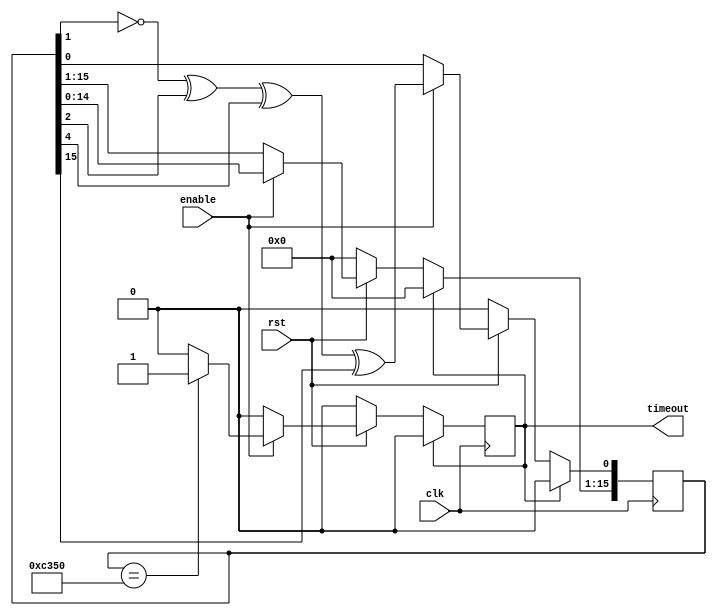
module LFSR_1_ms_timer(clk, rst, enable, timeout);
  input clk, rst, enable;
  output reg timeout;
 // output [15:0] q;

  reg [15:0] LFSR;

  always @(posedge clk)
  begin
    if(timeout)
        begin
            LFSR <= 0;
            timeout <= 0;
        end
    else if(!rst)
        begin
            LFSR <= 0;
            timeout <= 0;
        end
    else if(enable)
        begin
            LFSR[0] <= ~LFSR[1] ^ LFSR[2] ^ LFSR[4] ^ LFSR[15];
            LFSR[15:1] <= LFSR[14:0];
            if(LFSR == 50000)
                timeout <= 1;
        end
  end

 // assign q = LFSR;
endmodule